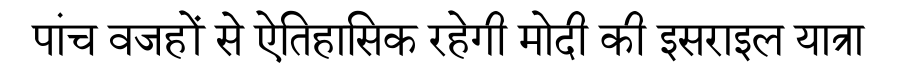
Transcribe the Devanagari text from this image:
पांच वजहों से ऐतिहासिक रहेगी मोदी की इसराइल यात्रा